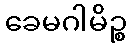
ခေမဂါမိဉ္စ